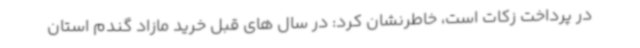
در پرداخت زکات است، خاطرنشان کرد: در سال های قبل خرید مازاد گندم استان